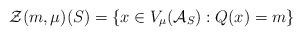
LaTeX: \begin{align*}\mathcal{Z}(m, \mu) (S) = \left\{ x \in V_\mu( \mathcal{A}_S) : Q(x) = m \right\}\end{align*}